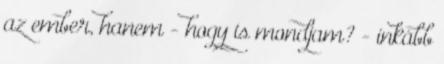
az ember, hanem - hogy is mondjam? - inkább